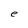
Character: e